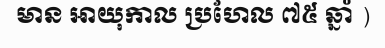
មាន អាយុកាល ប្រហែល ៧៥ ឆ្នាំ )